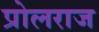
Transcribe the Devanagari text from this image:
प्रोलराज